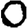
Digit: 0